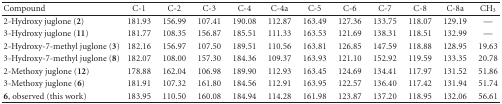
<table><thead><tr><td><b>Compound</b></td><td><b>C-1</b></td><td><b>C-2</b></td><td><b>C-3</b></td><td><b>C-4</b></td><td><b>C-4a</b></td><td><b>C-5</b></td><td><b>C-6</b></td><td><b>C-7</b></td><td><b>C-8</b></td><td><b>C-8a</b></td><td><b>CH<sub>3</sub></b></td></tr></thead><tbody><tr><td>2-Hydroxy juglone (<b>2</b>)</td><td>181.93</td><td>156.99</td><td>107.41</td><td>190.08</td><td>112.87</td><td>163.49</td><td>127.36</td><td>133.75</td><td>118.07</td><td>129.19</td><td>—</td></tr><tr><td>3-Hydroxy juglone (<b>11</b>)</td><td>181.77</td><td>108.35</td><td>156.87</td><td>185.51</td><td>111.33</td><td>163.53</td><td>121.69</td><td>138.31</td><td>118.51</td><td>132.99</td><td>—</td></tr><tr><td>2-Hydroxy-7-methyl juglone (<b>3</b>)</td><td>182.16</td><td>156.97</td><td>107.50</td><td>189.51</td><td>110.56</td><td>163.81</td><td>126.85</td><td>147.59</td><td>118.88</td><td>128.95</td><td>19.63</td></tr><tr><td>3-Hydroxy-7-methyl juglone (<b>8</b>)</td><td>182.07</td><td>108.00</td><td>157.30</td><td>184.36</td><td>109.37</td><td>163.93</td><td>121.10</td><td>152.92</td><td>119.59</td><td>133.35</td><td>20.78</td></tr><tr><td>2-Methoxy juglone (<b>12</b>)</td><td>178.88</td><td>162.04</td><td>106.98</td><td>189.90</td><td>112.93</td><td>163.45</td><td>124.69</td><td>134.41</td><td>117.97</td><td>131.52</td><td>51.86</td></tr><tr><td>3-Methoxy juglone (<b>6</b>)</td><td>181.91</td><td>107.32</td><td>161.80</td><td>184.56</td><td>112.91</td><td>163.95</td><td>122.57</td><td>136.40</td><td>117.42</td><td>131.94</td><td>51.74</td></tr><tr><td><b>6</b>, observed (this work)</td><td>183.95</td><td>110.50</td><td>160.08</td><td>184.94</td><td>114.28</td><td>161.98</td><td>123.87</td><td>137.20</td><td>118.95</td><td>132.06</td><td>56.61</td></tr></tbody></table>